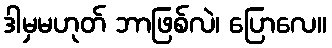
ဒါမှမဟုတ် ဘာဖြစ်လဲ၊ ပြောလေ။